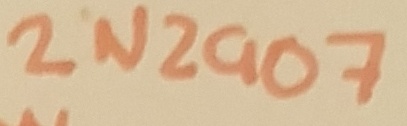
Text: 2N2907